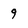
Character: 9